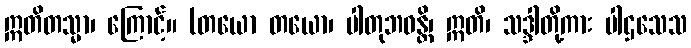
ဣတိတသ္မာ၊ ကြောင့်။ (တယော တယော၊ ပါတုဘဝန္တိ၊ ဣတိ၊ သဒ္ဒါတို့ကား ပါဌသေသ